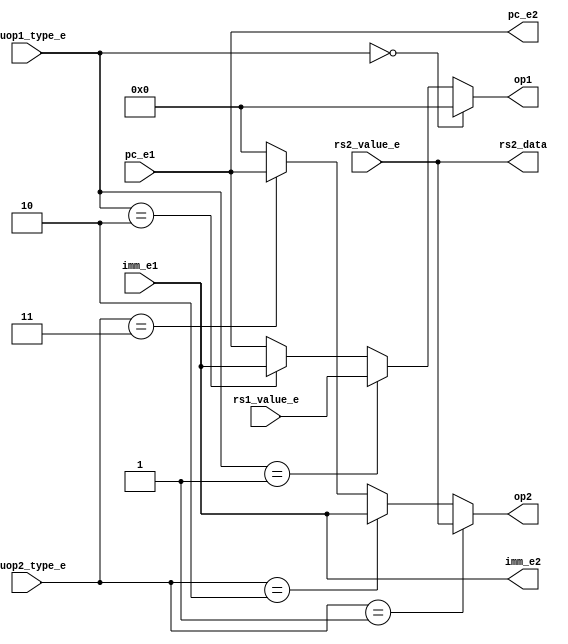
module op_controller( // 完成。
    input wire [31:0] rs1_value_e,
    input wire [31:0] rs2_value_e,
    input wire [31:0] imm_e1,
    input wire [1:0] aluop1_type_e,
    input wire [1:0] aluop2_type_e,
    input wire [31:0] pc_e1,

    output wire [31:0] rs2_data,
    output wire [31:0] op1,
    output wire [31:0] op2,
    output wire [31:0] imm_e2,
    output wire [31:0] pc_e2
);
    function [31:0] choose_op1;
    input [31:0] rs1_value_e;
    input [31:0] rs2_value_e;
    input [31:0] imm_e1;
    input [1:0] aluop1_type_e;
    input [31:0] pc_e1;
    begin
        choose_op1 = (aluop1_type_e == 2'd0) ? 32'd0 : (aluop1_type_e == 2'd1) ? rs1_value_e :
        (aluop1_type_e == 2'd2) ? imm_e1 : pc_e1;
        // case (aluop1_type_e)
        //     2'd0: choose_op1 = 32'd0;
        //     2'd1: choose_op1 = rs1_value_e;
        //     2'd2: choose_op1 = imm_e1;
        //     2'd3: choose_op1 = pc_e1; // 実際はこれない。
        // endcase
    end
    endfunction

    function [31:0] choose_op2;
    input [31:0] rs1_value_e;
    input [31:0] rs2_value_e;
    input [31:0] imm_e1;
    input [1:0] aluop2_type_e;
    input [31:0] pc_e1;
    begin
        choose_op2 = (aluop2_type_e == 2'd1) ? rs2_value_e : (aluop2_type_e == 2'd2) ? imm_e1 :
                     (aluop2_type_e == 2'd3) ? pc_e1 : 32'd0;
        // case (aluop2_type_e)
        //     2'd0: choose_op2 = 32'd0; // 実際はこれない。
        //     2'd1: choose_op2 = rs2_value_e;
        //     2'd2: choose_op2 = imm_e1;
        //     2'd3: choose_op2 = pc_e1;
        // endcase
    end
    endfunction

    assign rs2_data = rs2_value_e;
    assign op1 = choose_op1(rs1_value_e, rs2_value_e, imm_e1, aluop1_type_e, pc_e1);
    assign op2 = choose_op2(rs1_value_e, rs2_value_e, imm_e1, aluop2_type_e, pc_e1);
    assign imm_e2 = imm_e1;
    assign pc_e2 = pc_e1;

endmodule